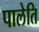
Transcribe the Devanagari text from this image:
पालेति